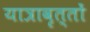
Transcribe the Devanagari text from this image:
यात्रावृत्तों